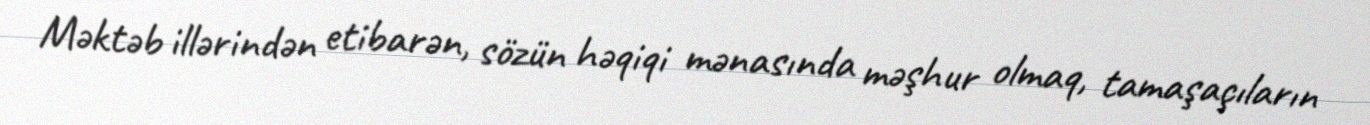
Məktəb illərindən etibarən, sözün həqiqi mənasında məşhur olmaq, tamaşaçıların